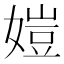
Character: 㜐